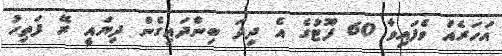
އަހަރެއް ވެފައިވާ 60 ފޫޓުގެ އެ ދިދަ ބިންދައިގެން ދިޔައީ ރޭ ފަތިހު